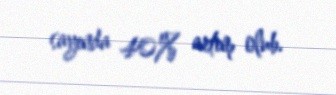
sayında 40% artım olub.